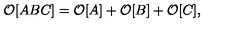
{ \cal O } [ A B C ] = { \cal O } [ A ] + { \cal O } [ B ] + { \cal O } [ C ] ,